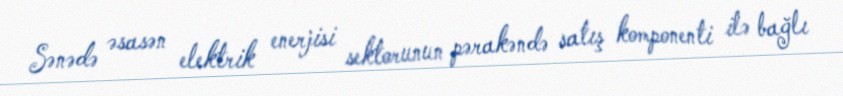
Sənədə əsasən elektrik enerjisi sektorunun pərakəndə satış komponenti ilə bağlı